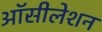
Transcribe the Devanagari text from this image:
ऑसीलेशन